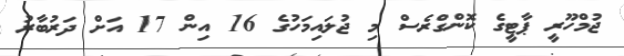
ޖުމްހޫރީ ޕާޓީގެ ކޮންގްރެސް މި ޖުލައިމަހުގެ 16 އިން 17 އަށް ދަރުބާރު